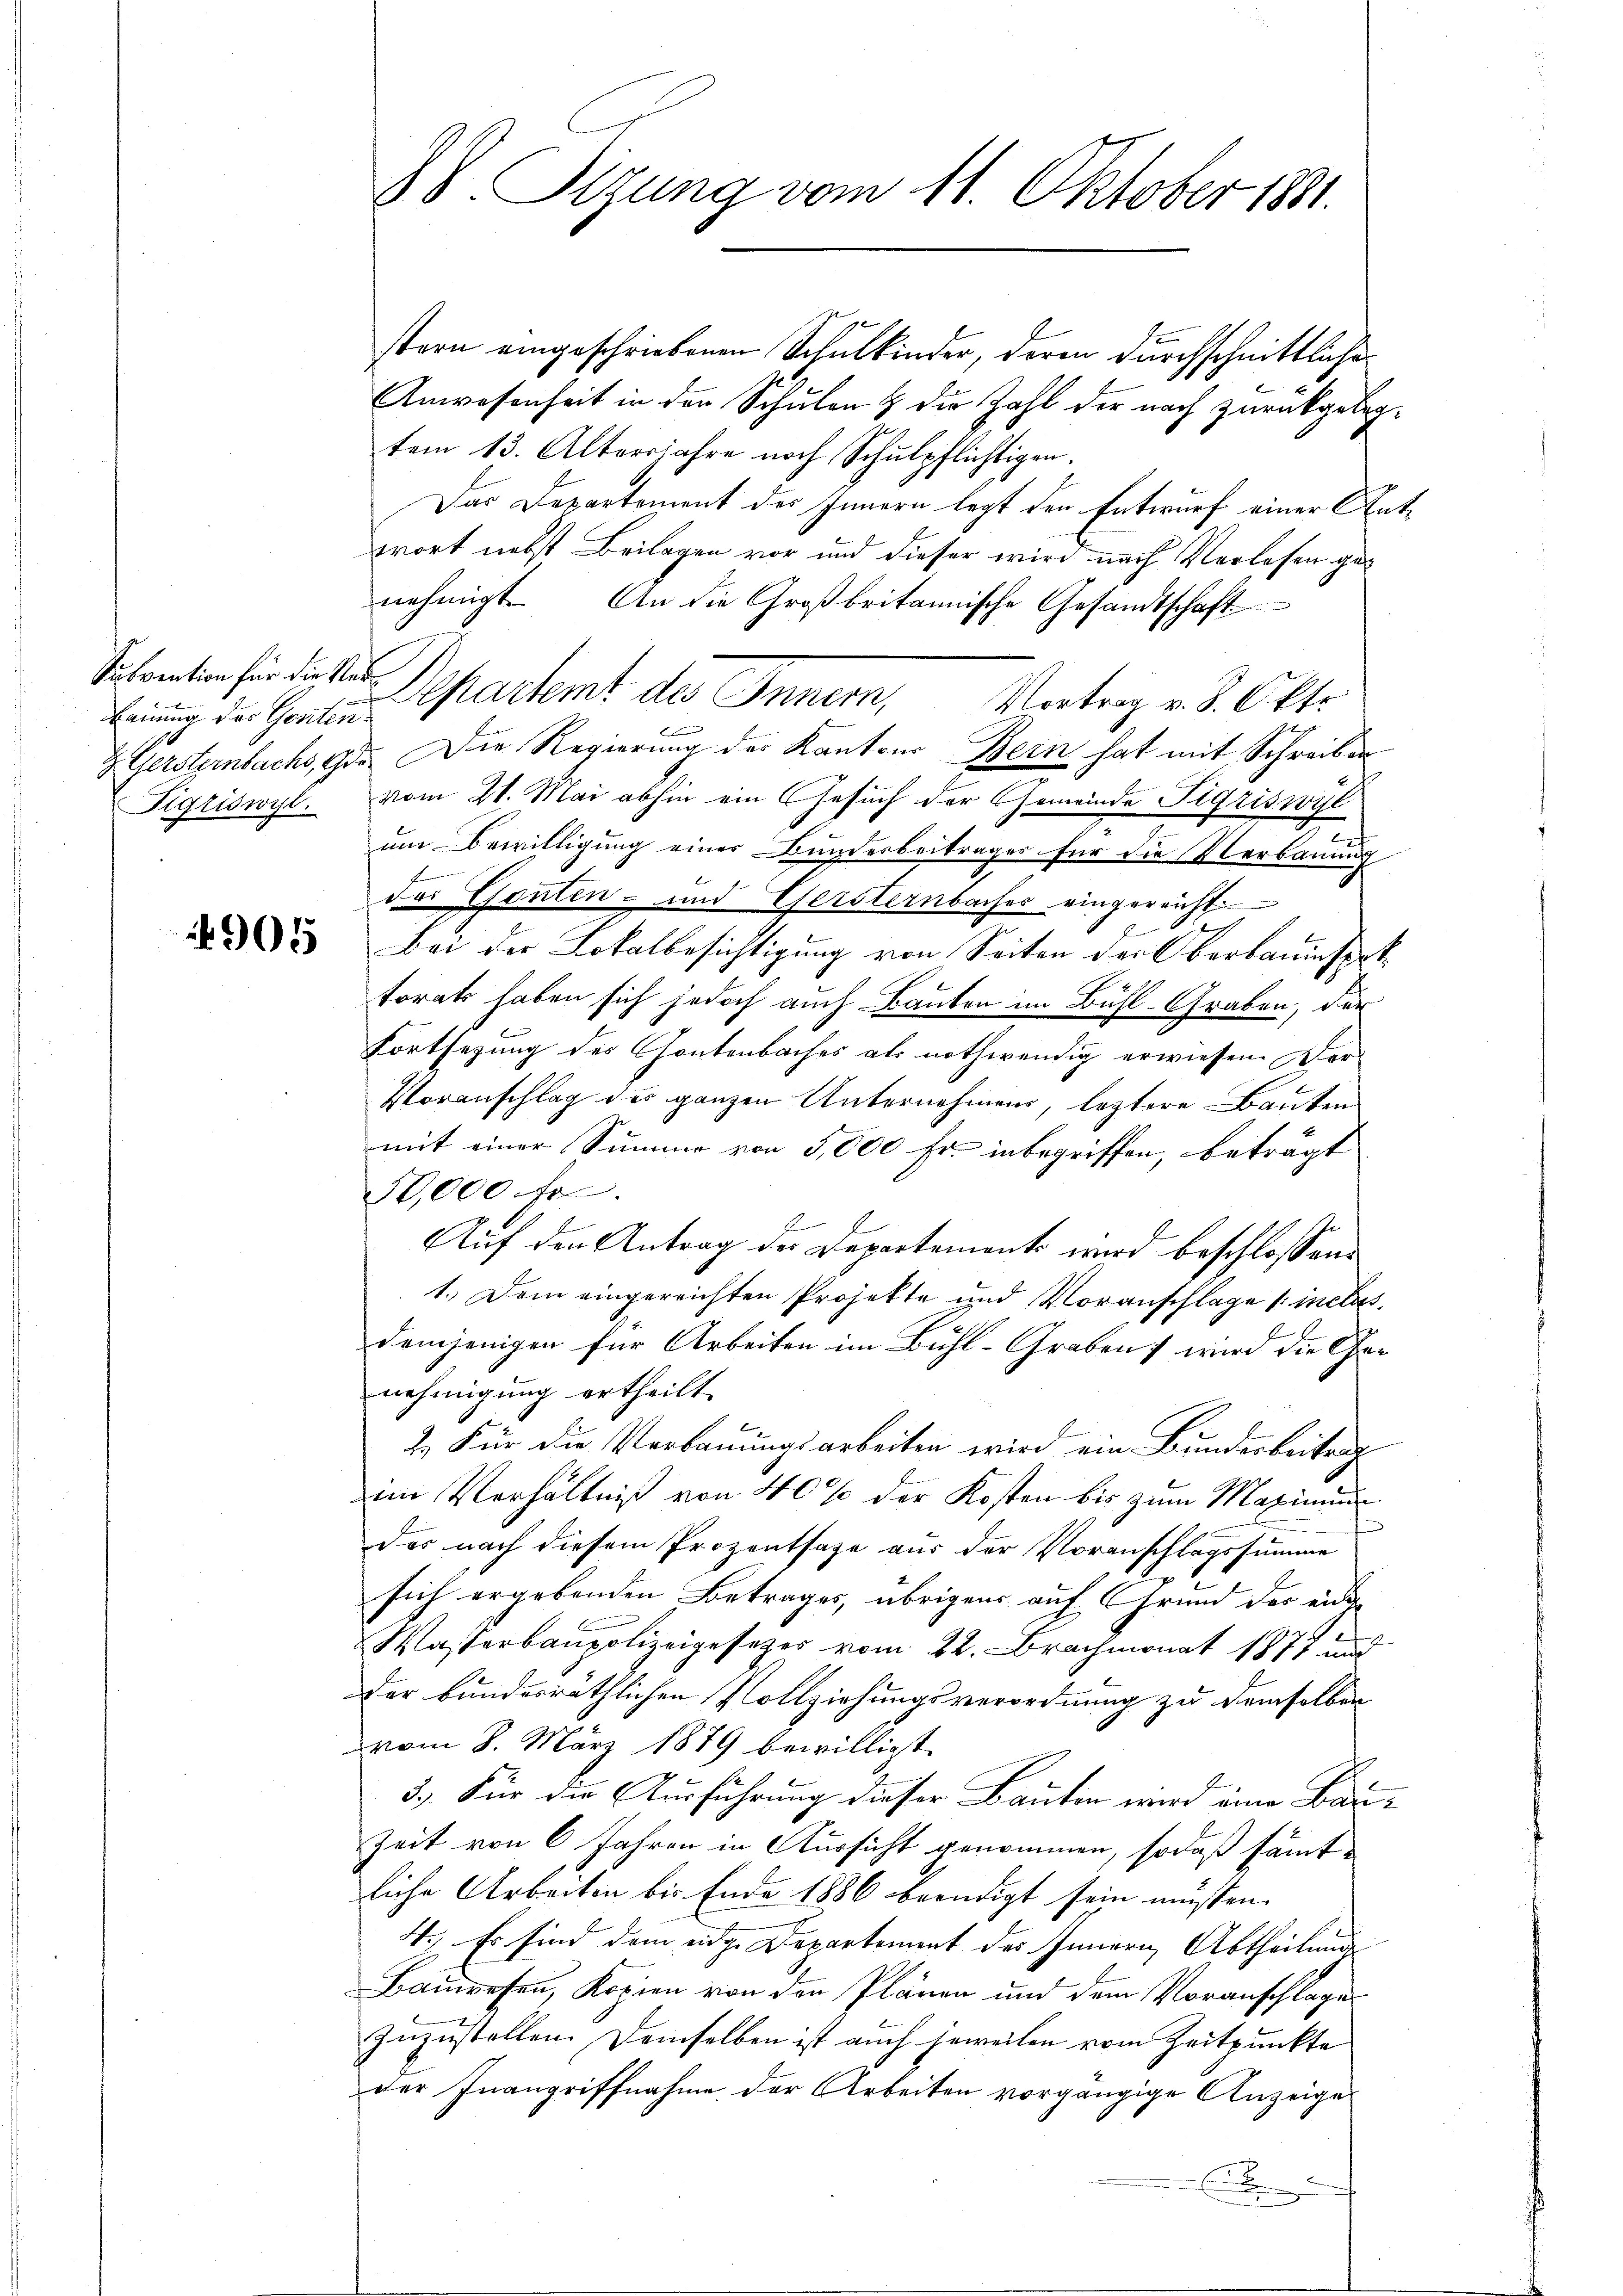
Subvention für die Rede
Bauung des Gesten
Figriswyl.

905

SS. Tizung vom 11. Oktober 1881.

stern eingeschriebenen Schulkinder, deren durchschnittliche
Anwesenheit in der Schulen & die Zahl der nach zurückgelegtem 13. Altersjahre noch Schulpflichtigen.
Das Departement des Innern legt den Entwurf einer Entwort nebst Beilagen vor und dieser wird nach Verlesen genehmigt. An die Großbritannische Gesandtschaft
u
Z Gersternbachs, 9. Die Regierung der Kantons Bern hat mit Schreiben
vom 21. Mai abhin ein Gesuch der Gemeinde Sigriswyl
um Bewilligung einer Bundesbeitrages für die Verbauung
4
das Genten- und Geisternbacher eingereicht
Bei der Lokalbesichtigung von Seiten der Oberbauinspek
torats haben sich jedoch auch Bauten im Bühl-Graben, der
Fortsezung des Gontenbaches als nothwendig erwiesen. Ver¬
Voranschlag des ganzen Unternehmens, leztere Bauten
mit einer Summe von 5,000 Fr. inbegriffen, beträgt
50,000 fr
Auf den Antrag der Departement wird beschlossene
1.) Dem eingereichten Projekte und Voranschlage /: inclus
demjenigen für Arbeiten im Bühl-Graben wird die Genehmigung ertheilt.
2. Für die Verbauungsarbeiten wird ein Bunderbeitrag
im Verhältniß von 40% der Kosten bis zum Maximu
das nach diesem Prozentsage aus der Voranschlagssumme
sich ergebenden Betrages, übrigens auf Grund der eine
Wasserbaupolizeigesezes vom 22. Brachmonat 1877 und
der bundesräthlichen Vollziehungsverordnung zu demselben
vom 8. März 1879 bewilligt
3.) Für die Ausführung dieser Bauten wird eine Bau¬
Zeit von 6 Jahren in Aussicht genommen, sodaß sämtliche Arbeiten bis Ende 1886 beendigt sein müssen.
4. Es sind dem eidge Departement des Innern, Abtheilung
Bauwesen, Kopien von den Plänen und dem Voranschlage
zuzustellen. Demselben ist auch jeweilen vom Zeitpunkte
der Inangriffnahme der Arbeiten vorgängige Anzeiges
.

Departemt des Innern, Vortrag v. 8. Okto